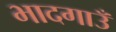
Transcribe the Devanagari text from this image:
भादगाउँ